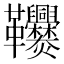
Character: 𩎑